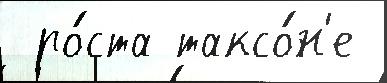
 ро́ста таксо́н'е